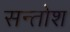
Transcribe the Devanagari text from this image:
सन्तोश